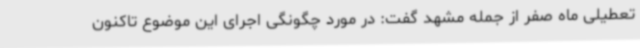
تعطیلی ماه صفر از جمله مشهد گفت: در مورد چگونگی اجرای این موضوع تاکنون